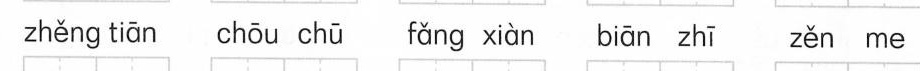
zhěng tiān chōu chū fǎng xiàn biān zhī zěn me